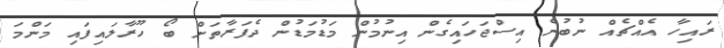
ރައިހާ އެއްޗެއް ނުބުނެ އިސްޖަހައިގެން އިނުމުން މަޑުމަޑުން ދެފަރާތަށް ބޯ ހޫރާލައިފައި މަންމަ